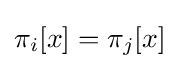
\pi _{i}[x]=\pi _{j}[x]